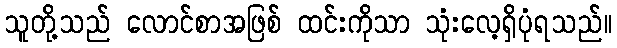
သူတို့သည် လောင်စာအဖြစ် ထင်းကိုသာ သုံးလေ့ရှိပုံရသည်။